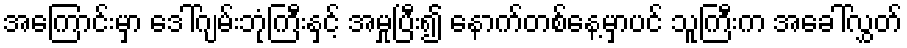
အကြောင်းမှာ ဒေါ်ဂျမ်းဘုံကြီးနှင့် အမှုပြီး၍ နောက်တစ်နေ့မှာပင် သူကြီးက အခေါ်လွှတ်